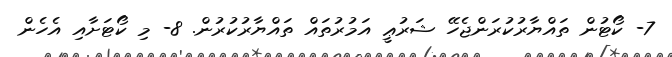
7- ކޯޓުން ތައްޔާރުކުރަންޖެހޭ ޝަރުޢީ އަމުރުތައް ތައްޔާރުކުރުން. 8- މި ކޯޓަށާއި އެހެން